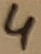
Text: 4